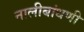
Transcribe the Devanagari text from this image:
नालीबांधणी